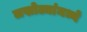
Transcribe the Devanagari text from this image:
लखोट्यांमध्ये